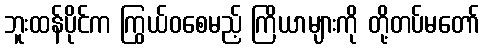
ဘူးထန်ပိုင်က ကြွယ်ဝစေမည့် ကြိယာများကို တို့တပ်မတော်